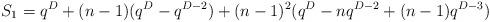
LaTeX: \begin{align*}S_1 = q^{D} + (n-1) (q^D - q^{D-2}) + (n-1)^2 (q^D - nq^{D-2} + (n-1)q^{D-3})\end{align*}